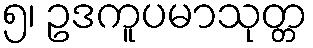
၅၊ ဥဒကူပမာသုတ္တ